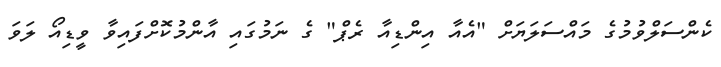
ކެންސަލްވުމުގެ މައްސަލަޔަށް "އެއާ އިންޑިއާ ރެޕް" ގެ ނަމުގައި އާންމުކޮށްފައިވާ ވީޑިއޯ ލަވަ